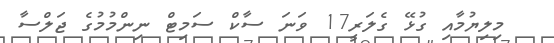
މިލިޔުމާއި ގުޅޭ ގެލަރީ17 ވަނަ ސާކް ސަމިޓް ނިންމުމުގެ ޖަލްސާ